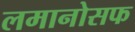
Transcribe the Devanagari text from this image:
लमानोसफ